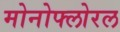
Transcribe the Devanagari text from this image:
मोनोफ्लोरल